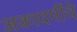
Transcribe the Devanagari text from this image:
अकादमींचे